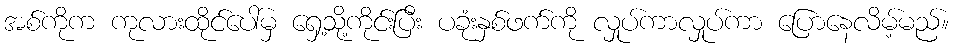
အစ်ကိုက ကုလားထိုင်ပေါ်မှ ရှေ့သို့ကိုင်းပြီး ပခုံးနှစ်ဖက်ကို လှုပ်ကာလှုပ်ကာ ပြောနေလိမ့်မည်။